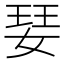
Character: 𭒁